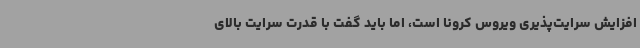
افزایش سرایت‌پذیری ویروس کرونا است، اما باید گفت با قدرت سرایت بالای